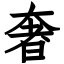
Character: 奢